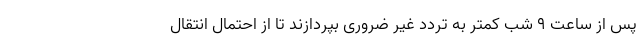
پس از ساعت ۹ شب کمتر به تردد غیر ضروری بپردازند تا از احتمال انتقال